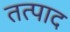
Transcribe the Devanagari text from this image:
तत्पाद